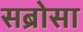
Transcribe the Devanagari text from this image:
सब्रोसा